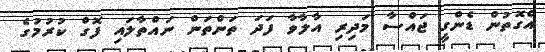
އެގޮތުން ޑެންގީ ޖައްސާ މަދިރި އާލާވާ ފަދަ ތަންތަން ނައްތާލައި ފޮގް ކުުރުމުގެ